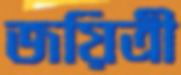
জয়িত্রী